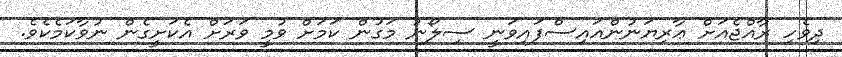
ދިވެހި ރާއްޖެއަށް ޢާރިޔަނުންއައިސްފައިވަނީ ސިލޯނު މަގުން ކަމަށް ވުމީ ވަރަށް އެކަށީގެން ނުވާކަމެކެވެ.